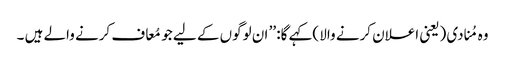
وہ مُنادی (یعنی اعلان کرنے والا )کہے گا: ’’ ان لوگوں کے لیے جو مُعاف کرنے والے ہیں ۔